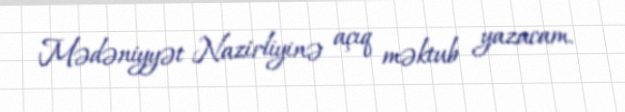
Mədəniyyət Nazirliyinə açıq məktub yazacam.